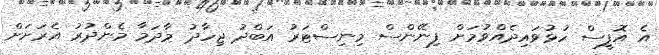
އެ އޮފީސް ހުޅުވައިދެއްވުމަށް ފިނޭންސް މިނިސްޓަރު އަބްދު ޖިހާދު މާދަމާ މެންދުރު އެރަށަށް